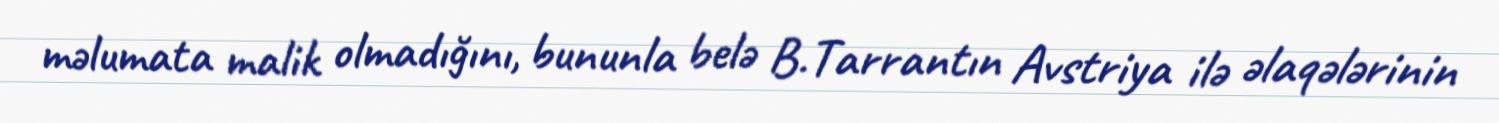
məlumata malik olmadığını, bununla belə B.Tarrantın Avstriya ilə əlaqələrinin